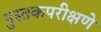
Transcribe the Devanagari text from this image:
पुस्तकपरीक्षणे